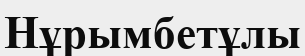
Нұрымбетұлы